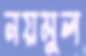
নয়মুল